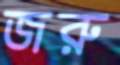
জরু